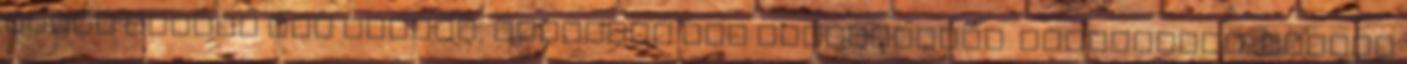
utcán senkit sem látott, senkivel sem találkozott. Mellékutca, nagyon